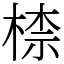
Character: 㮏